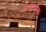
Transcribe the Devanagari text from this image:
अंतर्मनातल्या